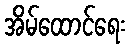
အိမ်ထောင်ရေး